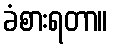
ခံစားရတာ။